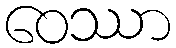
ဝေဿာ